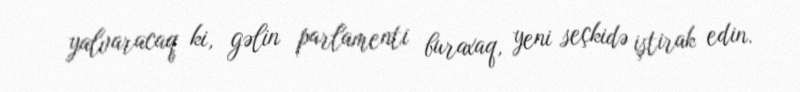
yalvaracaq ki, gəlin parlamenti buraxaq, yeni seçkidə iştirak edin.